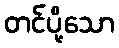
တင်ပို့သော